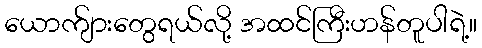
ယောက်ျားတွေရယ်လို့ အထင်ကြီးဟန်တူပါရဲ့။